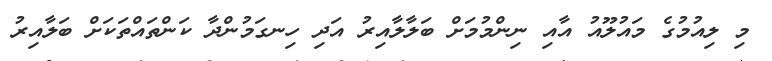
މި ލިއުމުގެ މައުލޫއު އާއި ނިންމުމަށް ބަލާލާއިރު އަދި ހިނގަމުންދާ ކަންތައްތަކަށް ބަލާއިރު